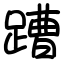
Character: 蹧